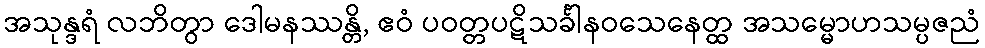
အသုန္ဒရံ လဘိတွာ ဒေါမနဿန္တိ, ဧဝံ ပဝတ္တပဋိသင်္ခါနဝသေနေတ္ထ အသမ္မောဟသမ္ပဇညံ